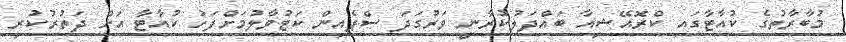
މުބާރާތުގެ ކުއާޓާގައި ކްރޮއޭޝިއާ ބައްދަލުކުރާނީ ވަރުގަދަ ސްޕެއިން ކަޓުވާލުމަށްފަހު ކުއާޓާ އަށް ދަތުރުކުރި